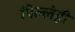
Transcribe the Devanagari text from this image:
पिल्लेही